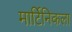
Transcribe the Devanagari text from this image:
मार्टिनिकला